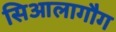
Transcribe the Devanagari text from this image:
सिआलागौग